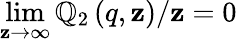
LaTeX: \operatorname*{lim}_{\mathbf{z}\rightarrow\infty}\mathbb{Q}_{2}\left(q,\mathbf{z}\right)/\mathbf{z}=0